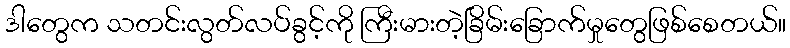
ဒါတွေက သတင်းလွတ်လပ်ခွင့်ကို ကြီးမားတဲ့ခြိမ်းခြောက်မှုတွေဖြစ်စေတယ်။